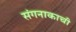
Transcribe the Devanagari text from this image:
संगनाकाची